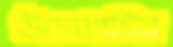
উদ্যোগটির